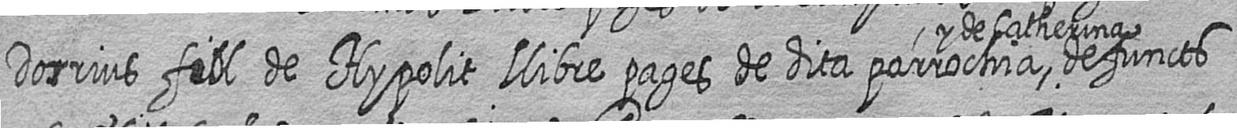
Dorrius fill de Hypolit Llibre pages de dita parrochia y de Catherina defuncts